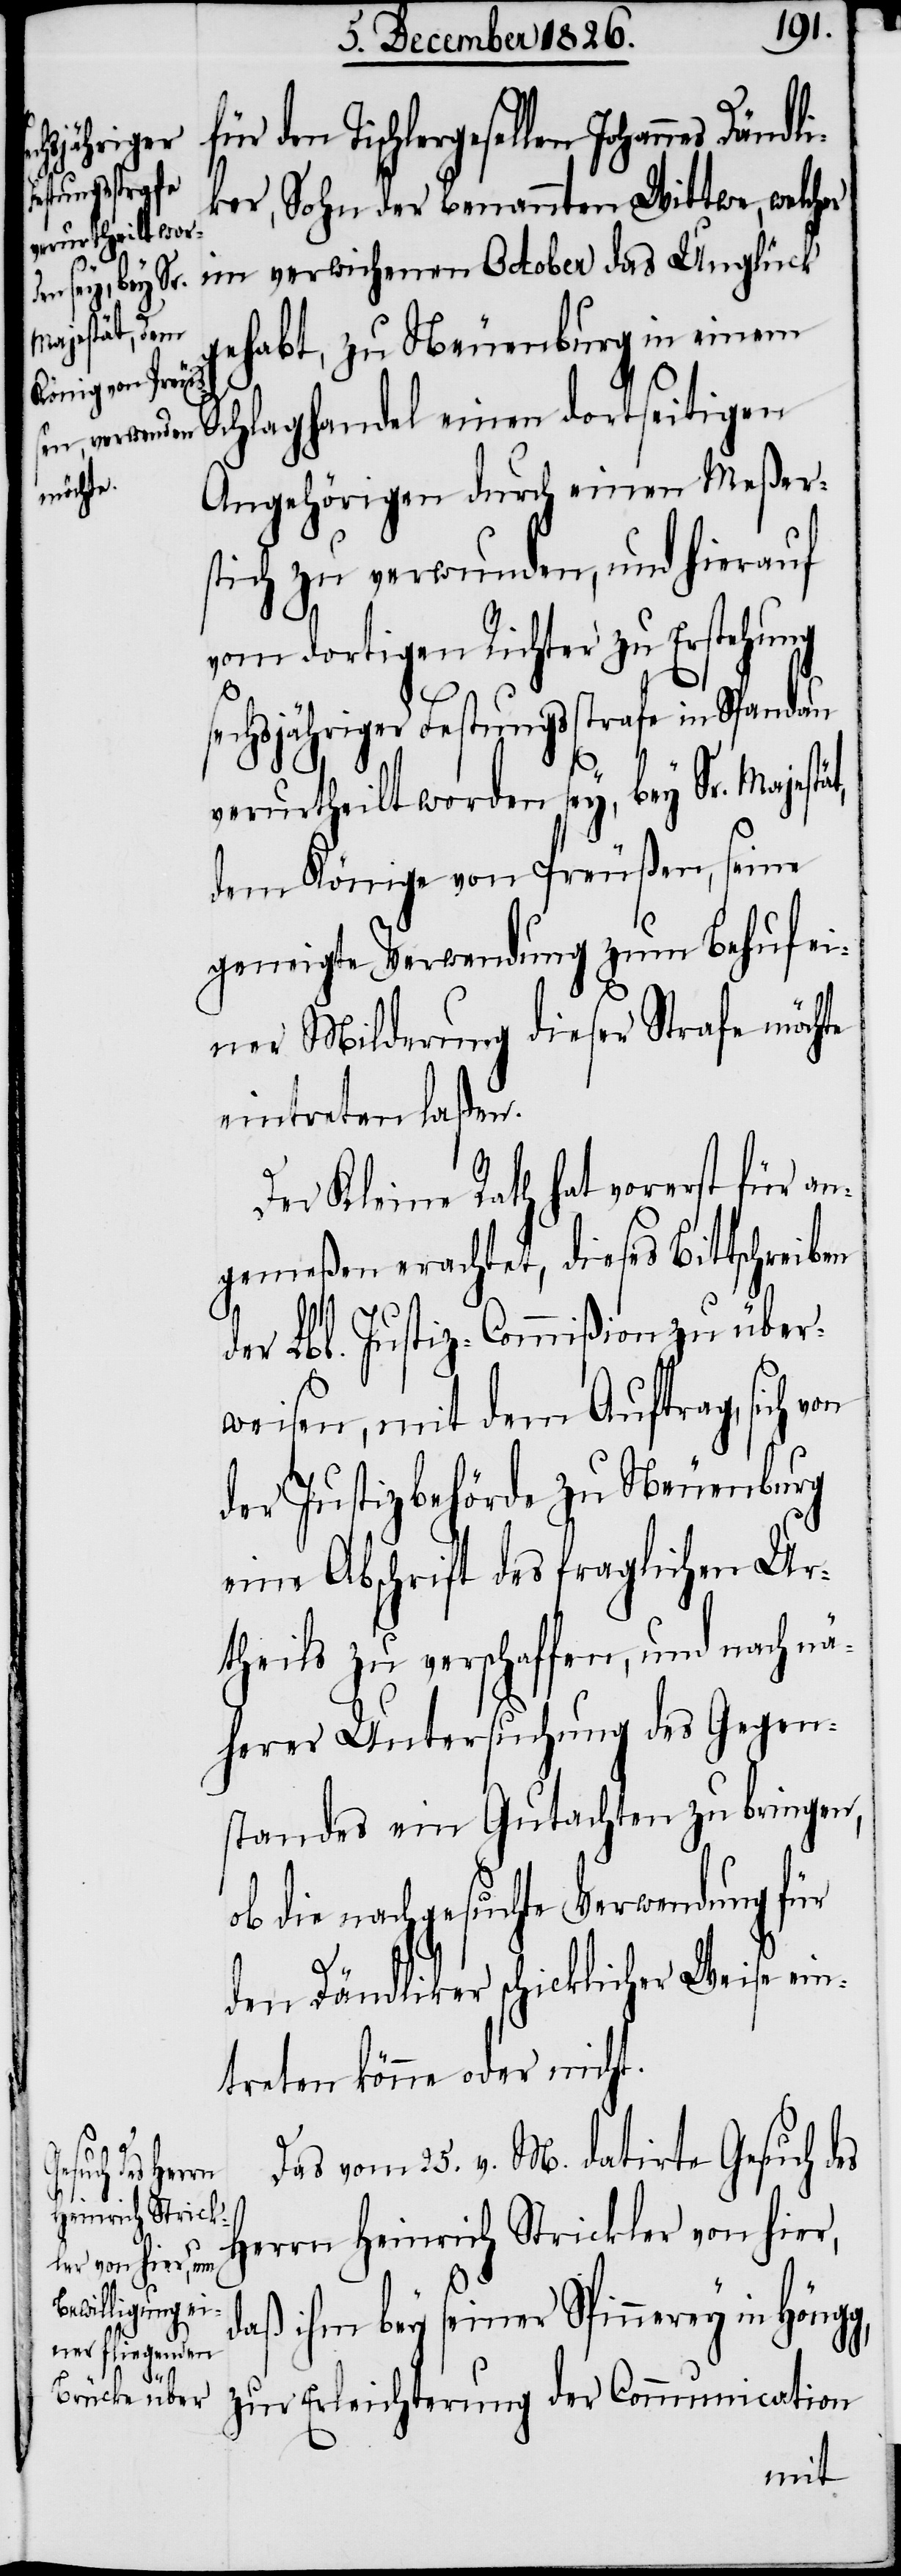
für den Tischlergesellen Johannes Dändl¬
iker, Sohn der benannten Wittwe, welcher
im verwichenen October das Unglück
gehabt, zu Neuenburg in einem
Schlaghandel einen dortseitigen
Angehörigen durch einen Meßer¬
stich zu verwunden, und hierauf
vom dortigen Richter zu Erstehung
sechsjähriger Festungsstrafe in Spandau
verurtheilt worden sey, bey Sr. Majest¬
dem Könige von Preußen, seine
geneigte Verwendung zum Behuf ei¬
ner Milderung dieser Strafe möchte
eintreten laßen.
Der Kleine Rath hat vorerst für an¬
gemeßen erachtet, dieses Bittschreiben
der Lbl. Justiz-Commißion zu über¬
weisen, mit dem Auftrag, sich
der Justizbehörde zu Neuenburg
eine Abschrift des fraglichen Ur¬
theils zu verschaffen, und nach nä¬
herer Untersuchung des Gegen¬
standes ein Gutachten zu bringen,
ob die nachgesuchte Verwendung für
den Dändliker schicklicher Weise ein¬
treten könne oder nicht.
Das vom 25. v. M. datirte Gesuch des
Herrn Heinrich Strickler von hier,
daß ihm bey seiner Spinnerey in Höng¬
zur Erleichterung der Communication

g,